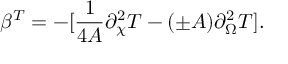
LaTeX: \beta ^ { T } = - [ { \frac { 1 } { 4 A } } \partial _ { \chi } ^ { 2 } T - ( \pm A ) \partial _ { \Omega } ^ { 2 } T ] .